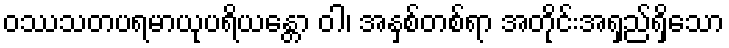
ဝဿသတပရမာယုပရိယန္တော ဝါ၊ အနှစ်တစ်ရာ အတိုင်းအရှည်ရှိသော